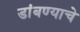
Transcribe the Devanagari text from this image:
डांबण्याचे